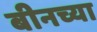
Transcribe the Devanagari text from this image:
बीनच्या